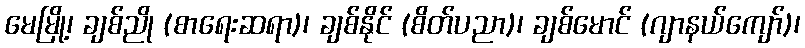
မေမြို့၊ ချစ်ညို (စာရေးဆရာ)၊ ချစ်နိုင် (စိတ်ပညာ)၊ ချစ်မောင် (ဂျာနယ်ကျော်)၊